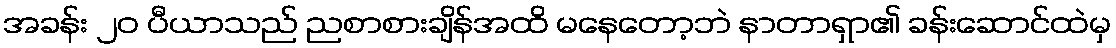
အခန်း ၂၀ ပီယာသည် ညစာစားချိန်အထိ မနေတော့ဘဲ နာတာရှာ၏ ခန်းဆောင်ထဲမှ